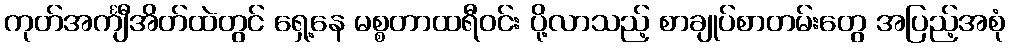
ကုတ်အင်္ကျီအိတ်ထဲတွင် ရှေ့နေ မစ္စတာထရီဝင်း ပို့လာသည့် စာချုပ်စာတမ်းတွေ အပြည့်အစုံ